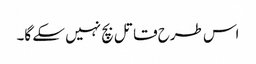
اس طرح قاتل بچ نہیں سکے گا۔